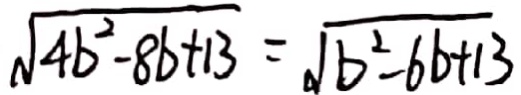
\sqrt { 4 b ^ { 2 } - 8 b + 1 3 } = \sqrt { b ^ { 2 } - 6 b + 1 3 }